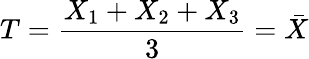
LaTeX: T={\frac{X_{1}+X_{2}+X_{3}}{3}}={\bar{X}}